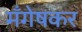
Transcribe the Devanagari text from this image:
मँगेषकर